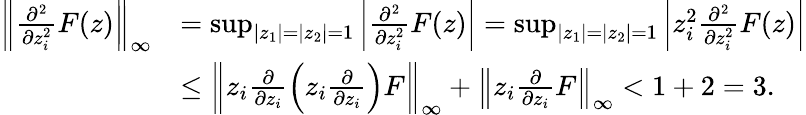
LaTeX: \begin{array}{rl}{\left\| \frac{\partial^{2}}{\partial z_{i}^{2}}F(z)\right\| _{\infty}}&{=\operatorname*{sup}_{|z_{1}|=|z_{2}|=1}\left|\frac{\partial^{2}}{\partial z_{i}^{2}}F(z)\right|=\operatorname*{sup}_{|z_{1}|=|z_{2}|=1}\left|z_{i}^{2}\frac{\partial^{2}}{\partial z_{i}^{2}}F(z)\right|}\\ &{\leq\left\| z_{i}\frac{\partial}{\partial z_{i}}\left(z_{i}\frac{\partial}{\partial z_{i}}\right)F\right\| _{\infty}+\left\| z_{i}\frac{\partial}{\partial z_{i}}F\right\| _{\infty}<1+2=3.}\end{array}